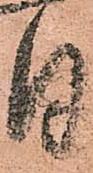
月